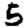
Digit: 5